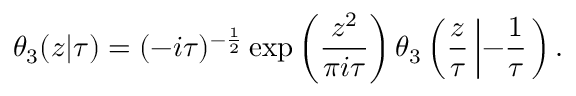
\theta _ { 3 } ( z | \tau ) = ( - i \tau ) ^ { - { \frac { 1 } { 2 } } } \exp \left( { \frac { z ^ { 2 } } { \pi i \tau } } \right) \theta _ { 3 } \left( { \frac { z } { \tau } } \left| - { \frac { 1 } { \tau } } \right. \right) .